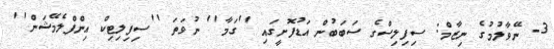
3- ނޭވާލުމުގެ ނިޒާމް: ސިފިލިސްގެ ސަބަބުން އަޑުފޮށީގައި ''ގަމާ'' ނުވަތަ ''ސިފިލިޓިކް އިންފްލެމޭޝަން''